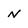
Character: N